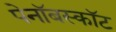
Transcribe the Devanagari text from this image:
पेनॉबस्कॉट